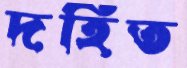
দহিত